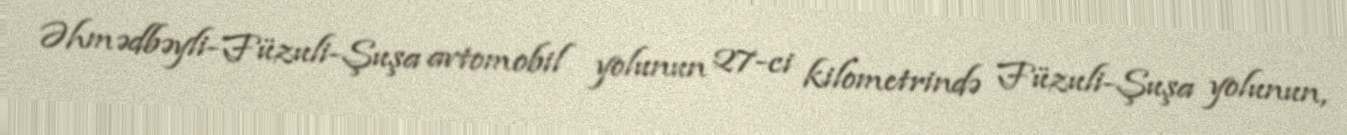
Əhmədbəyli-Füzuli-Şuşa avtomobil yolunun 27-ci kilometrində Füzuli-Şuşa yolunun,